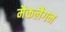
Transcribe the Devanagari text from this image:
मैकलैगन